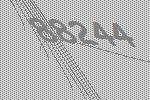
88244